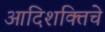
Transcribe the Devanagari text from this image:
आदिशक्तिचे